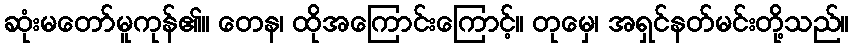
ဆုံးမတော်မူကုန်၏။ တေန၊ ထိုအကြောင်းကြောင့်။ တုမှေ၊ အရှင်နတ်မင်းတို့သည်။